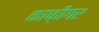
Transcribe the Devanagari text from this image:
काफ़ीगर